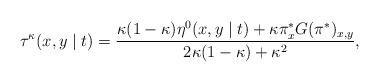
LaTeX: \begin{align*}\tau^{\kappa}(x,y \mid t) = \frac{ \kappa(1 - \kappa) \eta^0(x,y \mid t) + \kappa \pi^*_x G(\pi^*)_{x,y}}{2 \kappa(1 - \kappa) + \kappa^2},\end{align*}